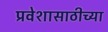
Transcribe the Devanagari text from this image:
प्रवेशासाठीच्या